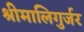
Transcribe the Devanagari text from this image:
श्रीमालिगुर्जर